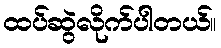
ထပ်ဆွဲလိုက်ပါတယ်။